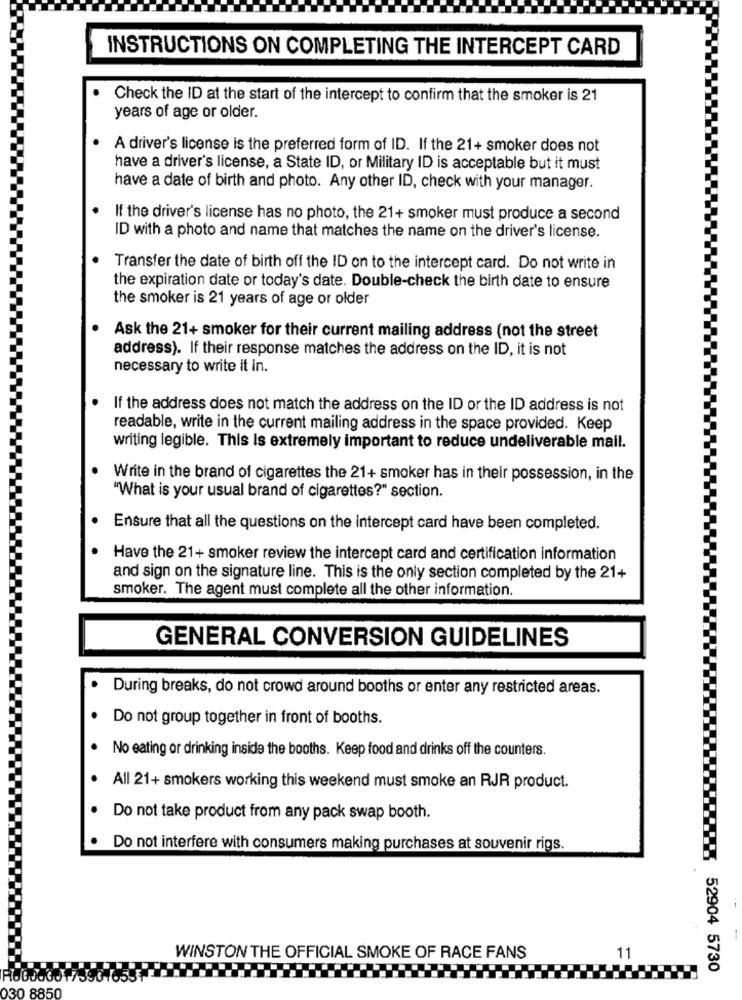
INSTRUCTIONS ON COMPLETING THE INTERCEPT CARD
Check the ID at the start of the intercept to confirm that the smoker is 21
years of age or older.
A driver's license is the preferred form of ID. If the 21+ smoker does not
have a driver's license, a State ID, or Military ID is acceptable but it must
have a date of birth and photo. Any other ID, check with your manager.
If the driver's license has no photo, the 21+ smoker must produce a second
ID with a photo and name that matches the name on the driver's license.
Transfer the date of birth off the ID on to the intercept card. Do not write in
the expiration date or today's date. Double-check the birth date to ensure
the smoker is 21 years of age or older
Ask the 21+ smoker for their current mailing address (not the street
address). If their response matches the address on the ID, it is not
necessary to write it in.
If the address does not match the address on the ID or the ID address is not
readable, write in the current mailing address in the space provided. Keep
writing legible. This Is extremely important to reduce undeliverable mail.
Write in the brand of cigarettes the 21+ smoker has in their possession, in the
"What is your usual brand of cigarettes?" section.
Ensure that all the questions on the intercept card have been completed.
Have the 21+ smoker review the intercept card and certification information
and sign on the signature line. This is the only section completed by the 21+
smoker. The agent must complete all the other information.
GENERAL CONVERSION GUIDELINES
During breaks, do not crowd around booths or enter any restricted areas.
Do not group together in front of booths.
No eating or drinking inside the booths. Keep food and drinks off the counters.
All 21+ smokers working this weekend must smoke an RJR product.
Do not take product from any pack swap booth.
Do not interfere with consumers making purchases at souvenir rigs.
WINSTON THE OFFICIAL SMOKE OF RACE FANS
11
52904 5730
130 8850